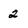
Character: 2